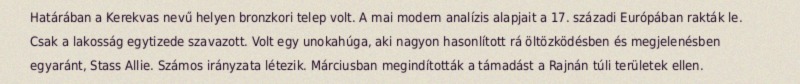
Határában a Kerekvas nevű helyen bronzkori telep volt. A mai modern analízis alapjait a 17. századi Európában rakták le. Csak a lakosság egytizede szavazott. Volt egy unokahúga, aki nagyon hasonlított rá öltözködésben és megjelenésben egyaránt, Stass Allie. Számos irányzata létezik. Márciusban megindították a támadást a Rajnán túli területek ellen.